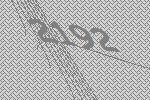
2192